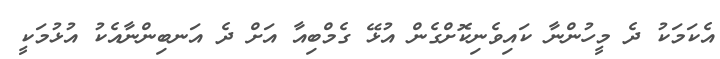
އެކަމަކު ދެ މީހުންނާ ކައިވެނިކޮށްގެން އުޅޭ ގެމްބިއާ އަށް ދެ އަނބިންނާއެކު އުޅުމަކީ